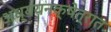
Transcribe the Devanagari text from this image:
अध्ययनक्षेत्रात